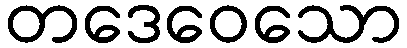
တဒေဝေသော